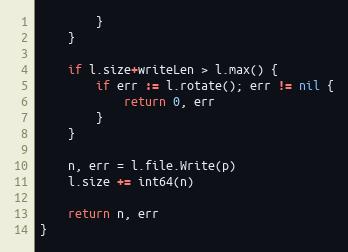
Language: Go
		}
	}

	if l.size+writeLen > l.max() {
		if err := l.rotate(); err != nil {
			return 0, err
		}
	}

	n, err = l.file.Write(p)
	l.size += int64(n)

	return n, err
}